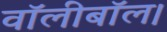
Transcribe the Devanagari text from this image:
वॉलीबॉल।